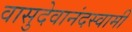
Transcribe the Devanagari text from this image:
वासुदेवानंदस्वामी